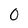
Character: 0